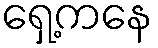
ရှေ့ကနေ